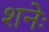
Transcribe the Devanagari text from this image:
शनेः